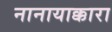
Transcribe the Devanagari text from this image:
नानायाक्कारा